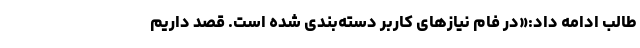
طالب ادامه داد:«در فام نیازهای کاربر دسته‌بندی شده است. قصد داریم